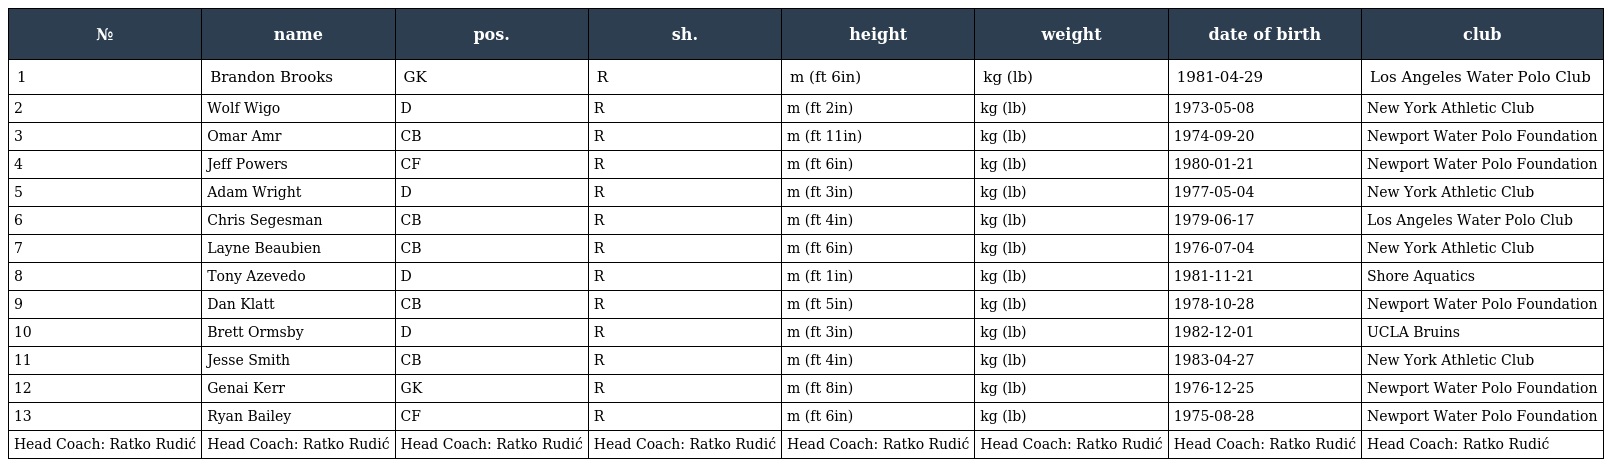
| № | name | pos. | sh. | height | weight | date of birth | club |
 | --- | --- | --- | --- | --- | --- | --- | --- |
 | 1 | Brandon Brooks | GK | R | m (ft 6in) | kg (lb) | 1981-04-29 | Los Angeles Water Polo Club |
 | 2 | Wolf Wigo | D | R | m (ft 2in) | kg (lb) | 1973-05-08 | New York Athletic Club |
 | 3 | Omar Amr | CB | R | m (ft 11in) | kg (lb) | 1974-09-20 | Newport Water Polo Foundation |
 | 4 | Jeff Powers | CF | R | m (ft 6in) | kg (lb) | 1980-01-21 | Newport Water Polo Foundation |
 | 5 | Adam Wright | D | R | m (ft 3in) | kg (lb) | 1977-05-04 | New York Athletic Club |
 | 6 | Chris Segesman | CB | R | m (ft 4in) | kg (lb) | 1979-06-17 | Los Angeles Water Polo Club |
 | 7 | Layne Beaubien | CB | R | m (ft 6in) | kg (lb) | 1976-07-04 | New York Athletic Club |
 | 8 | Tony Azevedo | D | R | m (ft 1in) | kg (lb) | 1981-11-21 | Shore Aquatics |
 | 9 | Dan Klatt | CB | R | m (ft 5in) | kg (lb) | 1978-10-28 | Newport Water Polo Foundation |
 | 10 | Brett Ormsby | D | R | m (ft 3in) | kg (lb) | 1982-12-01 | UCLA Bruins |
 | 11 | Jesse Smith | CB | R | m (ft 4in) | kg (lb) | 1983-04-27 | New York Athletic Club |
 | 12 | Genai Kerr | GK | R | m (ft 8in) | kg (lb) | 1976-12-25 | Newport Water Polo Foundation |
 | 13 | Ryan Bailey | CF | R | m (ft 6in) | kg (lb) | 1975-08-28 | Newport Water Polo Foundation |
 | Head Coach: Ratko Rudić | Head Coach: Ratko Rudić | Head Coach: Ratko Rudić | Head Coach: Ratko Rudić | Head Coach: Ratko Rudić | Head Coach: Ratko Rudić | Head Coach: Ratko Rudić | Head Coach: Ratko Rudić |